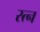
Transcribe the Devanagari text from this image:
रत्‍न